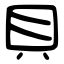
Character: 貝